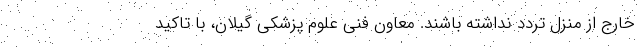
خارج از منزل تردد نداشته باشند. معاون فنی علوم پزشکی گیلان، با تاکید